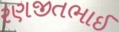
રણજીતભાઈ